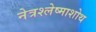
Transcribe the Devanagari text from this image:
नेत्रश्लेष्माशोथ